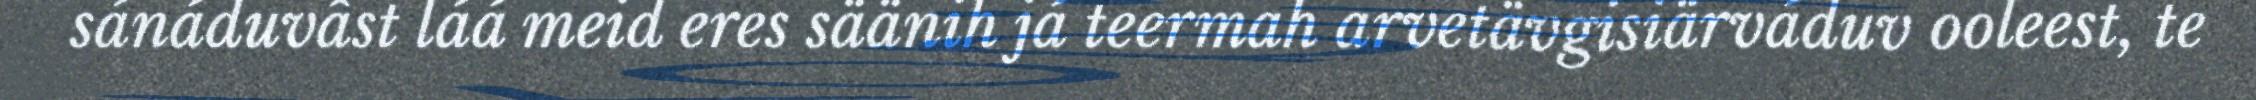
sánáduvâst láá meid eres säänih já teermah arvetävgisiärváduv ooleest, te